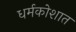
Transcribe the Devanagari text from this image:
धर्मकोशात